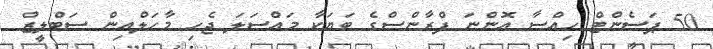
50 ޕަސެންޓް ހިއްސާ އޮންނަ ފްރާންސްގެ ބަޔަކާ މައްސަލަ ޖެހި މާހަލްއިން ސަބްލީޒް